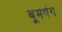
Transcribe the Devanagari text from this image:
बूमथंग